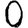
Digit: 0